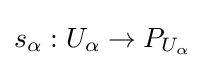
s_{\alpha }:U_{\alpha }\to P_{U_{\alpha }}